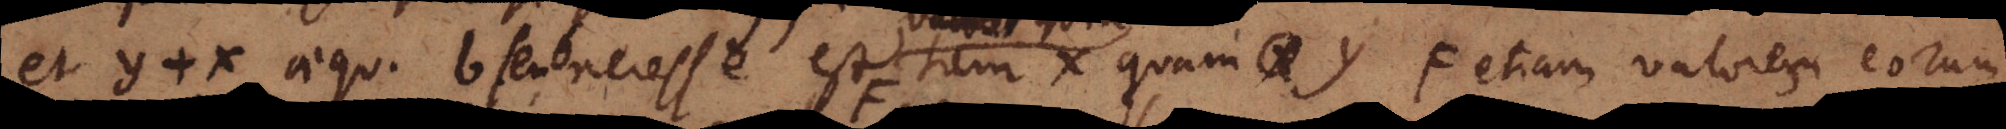
et y + x aequ. b seu 6, necesse est tam x quam y ≠ etiam valorem eorum